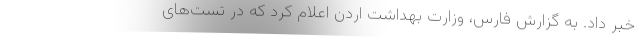
خبر داد. به گزارش فارس، وزارت بهداشت اردن اعلام کرد که در تست‌‌های